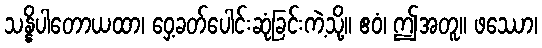
သန္နိပါတောယထာ၊ ဝှေ့ခတ်ပေါင်းဆုံခြင်းကဲ့သို့။ ဧဝံ၊ ဤအတူ။ ဖဿော၊